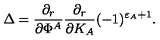
\Delta = { \frac { \partial _ { r } } { \partial \Phi ^ { A } } } { \frac { \partial _ { r } } { \partial K _ { A } } } ( - 1 ) ^ { \varepsilon _ { A } + 1 } .